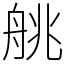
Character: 䑬